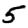
Digit: 5